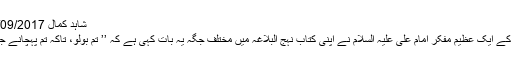
شاہد کمال 09/09/2017
دنیا کے ایک عظیم مفکر امام علی علیہ السلام نے اپنی کتاب نہج البلاغہ میں مختلف جگہ یہ بات کہی ہے کہ ’’ تم بولو، تاکہ تم پہچانے جاؤ‘‘۔